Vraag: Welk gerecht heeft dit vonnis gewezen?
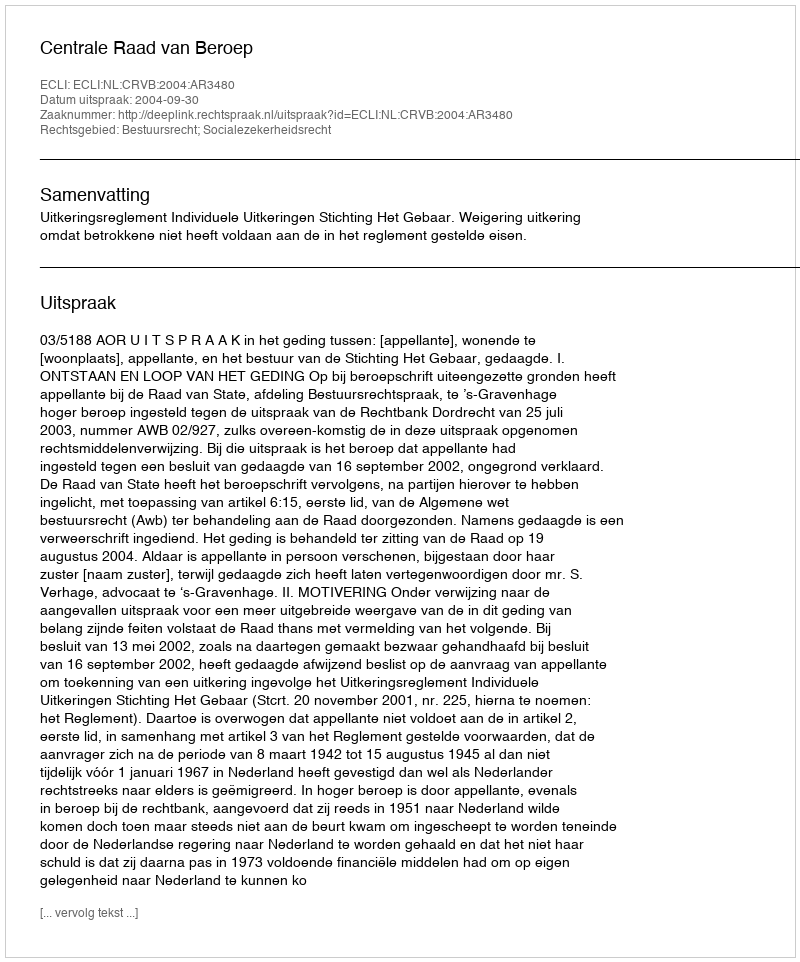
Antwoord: Centrale Raad van Beroep